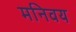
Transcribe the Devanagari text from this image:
मनिवय